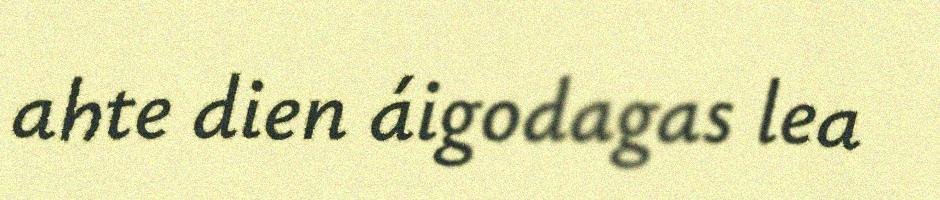
ahte dien áigodagas lea